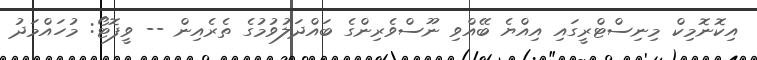
އިކޮނޮމިކް މިނިސްޓްރީގައި އިއްޔެ ބޭއްވި ނޫސްވެރިންގެ ބައްދަލުވުމުގެ ތެރެއިން -- ވީފޮޓޯ: މުހައްމަދު